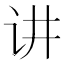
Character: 讲